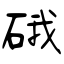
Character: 硪